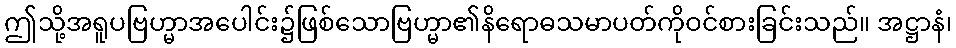
ဤသို့အရူပဗြဟ္မာအပေါင်း၌ဖြစ်သောဗြဟ္မာ၏နိရောဓသမာပတ်ကိုဝင်စားခြင်းသည်။ အဋ္ဌာနံ၊